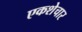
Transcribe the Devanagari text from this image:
एकशेचार